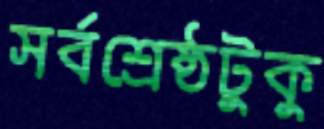
সর্বশ্রেষ্ঠটুকু